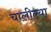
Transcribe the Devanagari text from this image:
चालील्या